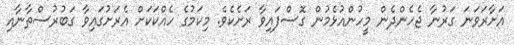
އަށާރަވަނަ ގަރުނާ ޖެހެންދެން މީހުންއުޅެމުން ގޮސްފައިވާ ރަށެކެވެ. މިކަމުގެ ހެއްކަކަށް އެރަށުގައިވާ ގަބުރުސްތާނާއި